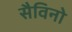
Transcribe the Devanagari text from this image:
सैविनो